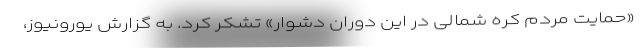
«حمایت مردم کره شمالی در این دوران دشوار» تشکر کرد. به گزارش یورونیوز،